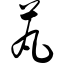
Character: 芄